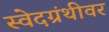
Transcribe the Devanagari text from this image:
स्वेदग्रंथीवर